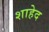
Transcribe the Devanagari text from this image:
शाहेद